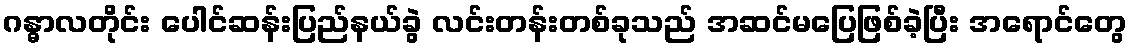
ဂန္ဓာလတိုင်း ပေါင်ဆန်းပြည်နယ်ခွဲ လင်းတန်းတစ်ခုသည် အဆင်မပြေဖြစ်ခဲ့ပြီး အရောင်တွေ